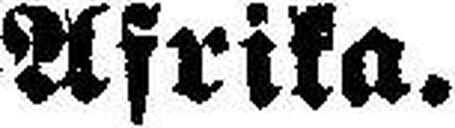
Afrika.